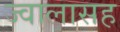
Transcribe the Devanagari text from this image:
ज्वालासह